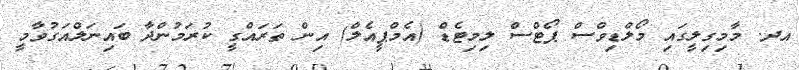
އދ. މާމިގިލީގައި މޯލްޑިވްސް ޕޯޓްސް ލިމިޓެޑް (އެމްޕީއެލް) އިން ތަރައްގީ ކުރަމުންދާ ބައިނަލްއަގުވާމީ